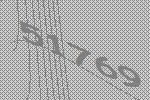
51769